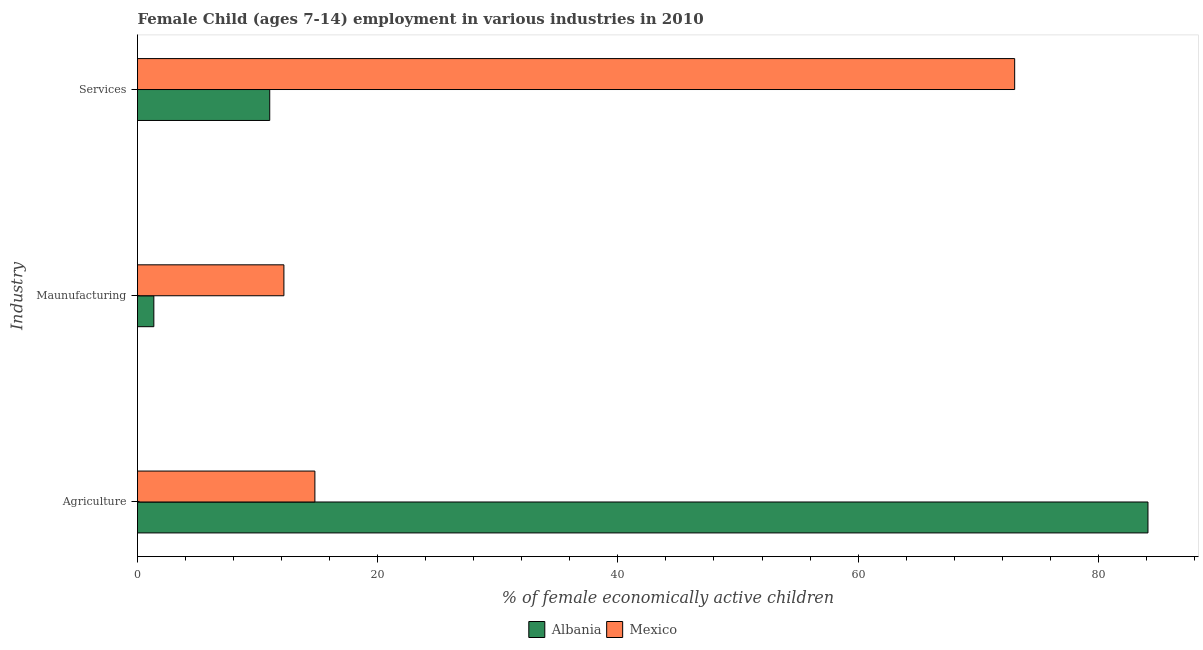
| Industry | Albania | Mexico |
 | --- | --- | --- |
 | Agriculture | 84.1 | 14.8 |
 | Maunufacturing | 1.36 | 12.2 |
 | Services | 11 | 73 |